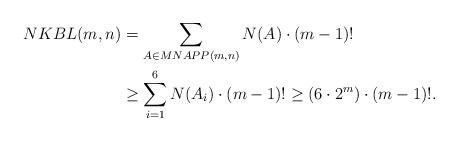
LaTeX: \begin{align*} NKBL(m,n) &= \sum_{A\in MNAPP(m,n)} N(A) \cdot (m-1)! \\ &\ge \sum_{i=1}^{6} N(A_i) \cdot (m-1)! \ge (6\cdot 2^m)\cdot (m-1)!.\end{align*}